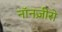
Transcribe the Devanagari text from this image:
नॉनज़ीरो